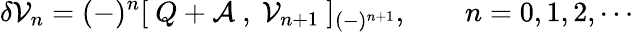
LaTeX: \delta{\cal{V}}_{n}=(-)^{n}[\ Q+{\cal{A}}\ ,\ {\cal{V}}_{n+1}\ ]_{(-)^{n+1}},\qquad n=0,1,2,\cdots